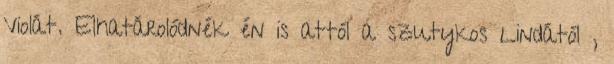
Violát. Elhatárolódnék én is attól a szutykos Lindától ,